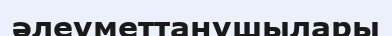
әлеуметтанушылары